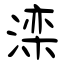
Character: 滦